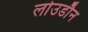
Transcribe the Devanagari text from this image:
लोउडौन